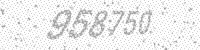
Solution: 958750